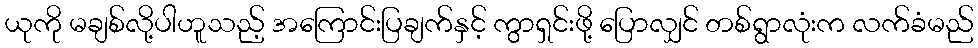
ယုကို မချစ်လို့ပါဟူသည့် အကြောင်းပြချက်နှင့် ကွာရှင်းဖို့ ပြောလျှင် တစ်ရွာလုံးက လက်ခံမည်